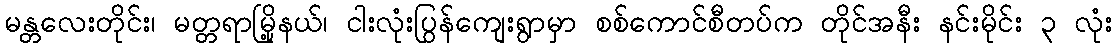
မန္တလေးတိုင်း၊ မတ္တရာမြို့နယ်၊ ငါးလုံးပြွန်ကျေးရွာမှာ စစ်ကောင်စီတပ်က တိုင်အနီး နင်းမိုင်း ၃ လုံး